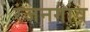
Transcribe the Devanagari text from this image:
रंजनगांव